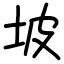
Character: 坡